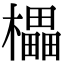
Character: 櫑